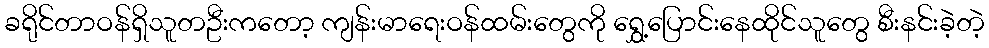
ခရိုင်တာဝန်ရှိသူတဦးကတော့ ကျန်းမာရေးဝန်ထမ်းတွေကို ရွှေ့ပြောင်းနေထိုင်သူတွေ စီးနင်းခဲ့တဲ့